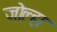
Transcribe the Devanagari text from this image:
जोल्हा